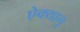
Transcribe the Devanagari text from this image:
ऐक्यानु